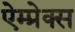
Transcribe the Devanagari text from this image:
ऐम्प्रेक्स